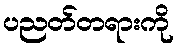
ပညတ်တရားကို